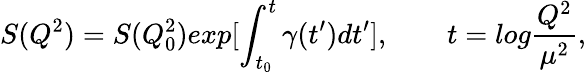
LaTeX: S(Q^{2})=S(Q_{0}^{2})exp[\int_{t_{0}}^{t}\gamma(t^{\prime})dt^{\prime}],\ ~~\ ~~\ \ t=log\frac{Q^{2}}{\mu^{2}},